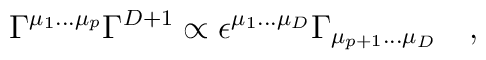
\Gamma^{\mu_1\dots \mu_p} \Gamma^{D+1} \propto\epsilon^{\mu_1\dots \mu_D} \Gamma_{\mu_{p+1}\dots \mu_D}\quad,